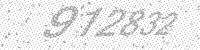
Solution: 912832